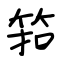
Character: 筘